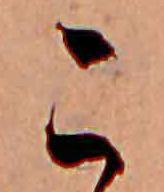
こ